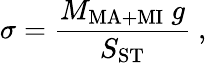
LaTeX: \sigma=\frac{M_{\mathrm{MA+MI}}~g}{S_{\mathrm{ST}}}~,